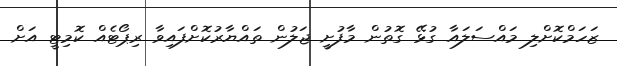
ޒަހަމްކޮށްލި މައްސަލައާ ގުޅޭ ގޮތުން މާފުށީ ޖަލުން ތައްޔާރުކޮށްފައިވާ ރިޕޯޓެއް ކޮމިޓީ އަށް